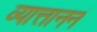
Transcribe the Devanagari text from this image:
व्यात्ताननं